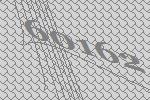
60162